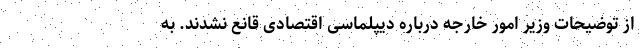
از توضیحات وزیر امور خارجه درباره دیپلماسی اقتصادی قانع نشدند. به